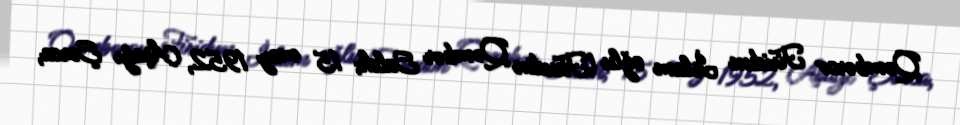
Qəmbərov Firidun İslam oğlu (Firudin Qəmbər Saleh; 15 may 1952, Aşağı Şorca,